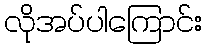
လိုအပ်ပါကြောင်း